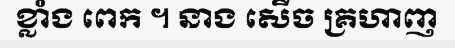
ខ្លាំង ពេក ។ នាង សើច គ្រហាញ